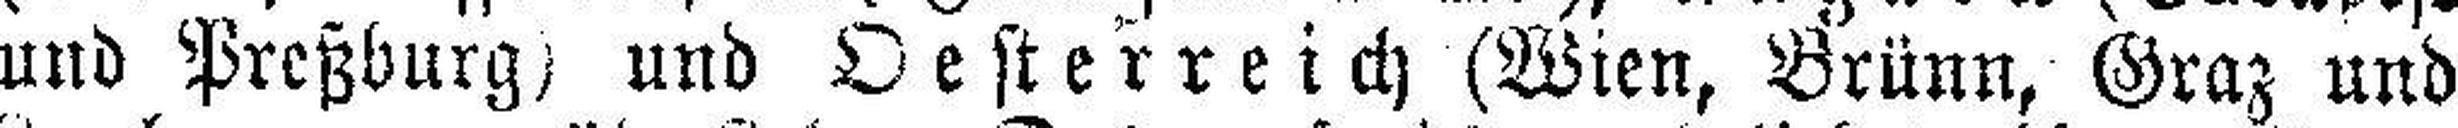
und Preßburg) und Oesterreich (Wien, Brünn, Graz und